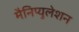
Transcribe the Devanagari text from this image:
मैनिप्युलेशन